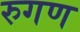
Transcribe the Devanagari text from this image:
रुगण